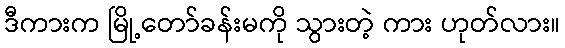
ဒီကားက မြို့တော်ခန်းမကို သွားတဲ့ ကား ဟုတ်လား။